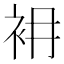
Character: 衻